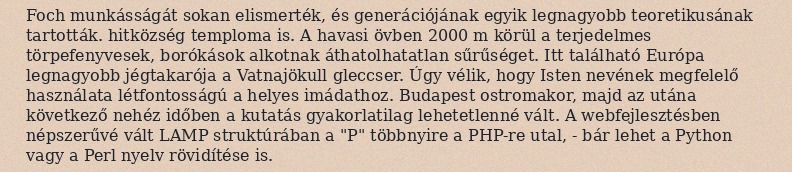
Foch munkásságát sokan elismerték, és generációjának egyik legnagyobb teoretikusának tartották. hitközség temploma is. A havasi övben 2000 m körül a terjedelmes törpefenyvesek, borókások alkotnak áthatolhatatlan sűrűséget. Itt található Európa legnagyobb jégtakarója a Vatnajökull gleccser. Úgy vélik, hogy Isten nevének megfelelő használata létfontosságú a helyes imádathoz. Budapest ostromakor, majd az utána következő nehéz időben a kutatás gyakorlatilag lehetetlenné vált. A webfejlesztésben népszerűvé vált LAMP struktúrában a "P" többnyire a PHP-re utal, - bár lehet a Python vagy a Perl nyelv rövidítése is.